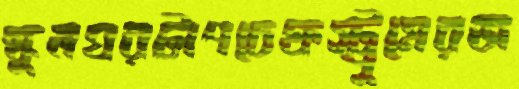
স্কুলঘরটাপচেফস্ট্রুমেরজ